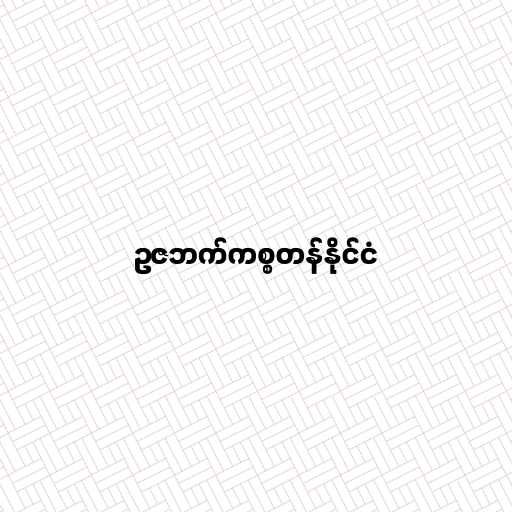
ဥဇဘက်ကစ္စတန်နိုင်ငံ